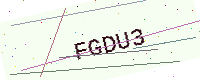
Text: FGDU3